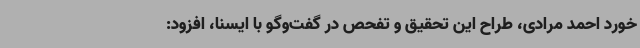
خورد احمد مرادی، طراح این تحقیق و تفحص در گفت‌وگو با ایسنا، افزود: